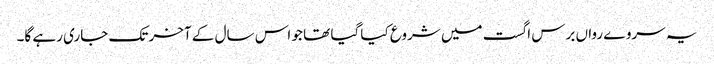
یہ سروے رواں برس اگست میں شروع کیا گیا تھا جو اس سال کے آخر تک جاری رہے گا۔